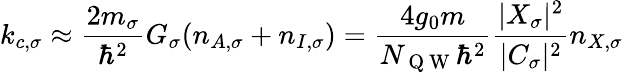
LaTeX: k_{c,\sigma}\approx\frac{2m_{\sigma}}{\hbar^{2}}G_{\sigma}(n_{A,\sigma}+n_{I,\sigma})=\frac{4g_{0}m}{N_{\mathrm{~Q~W~}}\hbar^{2}}\frac{|X_{\sigma}|^{2}}{|C_{\sigma}|^{2}}n_{X,\sigma}